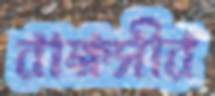
রাক্ষসীর